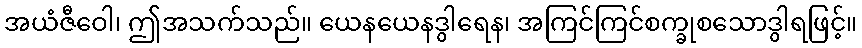
အယံဇီဝေါ၊ ဤအသက်သည်။ ယေနယေနဒွါရေန၊ အကြင်ကြင်စက္ခုစသောဒွါရဖြင့်။